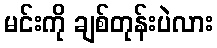
မင်းကို ချစ်တုန်းပဲလား